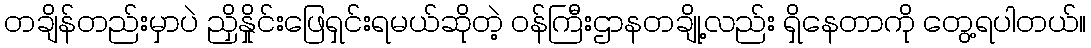
တချိန်တည်းမှာပဲ ညှိနှိုင်းဖြေရှင်းရမယ်ဆိုတဲ့ ဝန်ကြီးဌာနတချို့လည်း ရှိနေတာကို တွေ့ရပါတယ်။